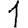
Digit: 1